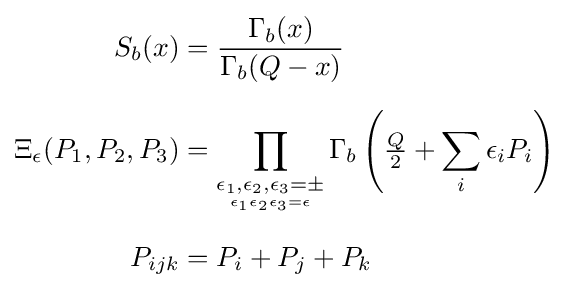
{\begin{aligned}S_{b}(x)&={\frac {\Gamma _{b}(x)}{\Gamma _{b}(Q-x)}}\\[6pt]\Xi _{\epsilon }(P_{1},P_{2},P_{3})&=\prod _{\underset {\epsilon _{1}\epsilon _{2}\epsilon _{3}=\epsilon }{\epsilon _{1},\epsilon _{2},\epsilon _{3}=\pm }}\Gamma _{b}\left({\tfrac {Q}{2}}+\sum _{i}\epsilon _{i}P_{i}\right)\\[6pt]P_{ijk}&=P_{i}+P_{j}+P_{k}\end{aligned}}